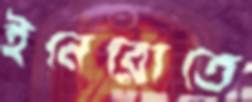
ইনেরোতে